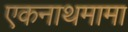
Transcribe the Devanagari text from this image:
एकनाथमामा